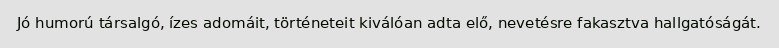
Jó humorú társalgó, ízes adomáit, történeteit kiválóan adta elő, nevetésre fakasztva hallgatóságát.